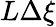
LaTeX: L\Delta\xi